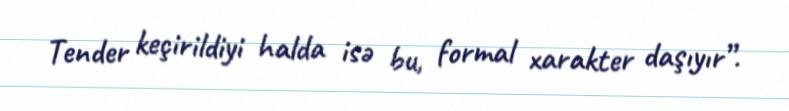
Tender keçirildiyi halda isə bu, formal xarakter daşıyır”.